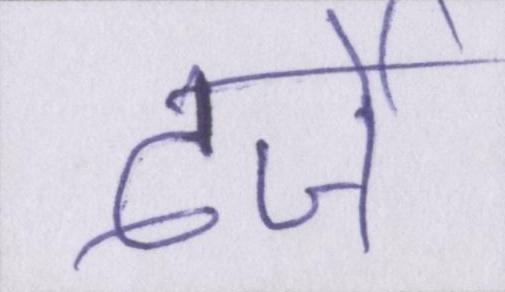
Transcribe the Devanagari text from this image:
दर्जे